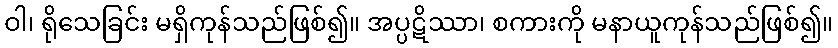
ဝါ၊ ရိုသေခြင်း မရှိကုန်သည်ဖြစ်၍။ အပ္ပဋိဿာ၊ စကားကို မနာယူကုန်သည်ဖြစ်၍။